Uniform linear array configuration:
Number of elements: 48
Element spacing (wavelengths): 0.75
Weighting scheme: hamming
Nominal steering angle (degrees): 0
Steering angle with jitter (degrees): -1.904
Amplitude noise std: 0.05
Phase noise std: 0.05

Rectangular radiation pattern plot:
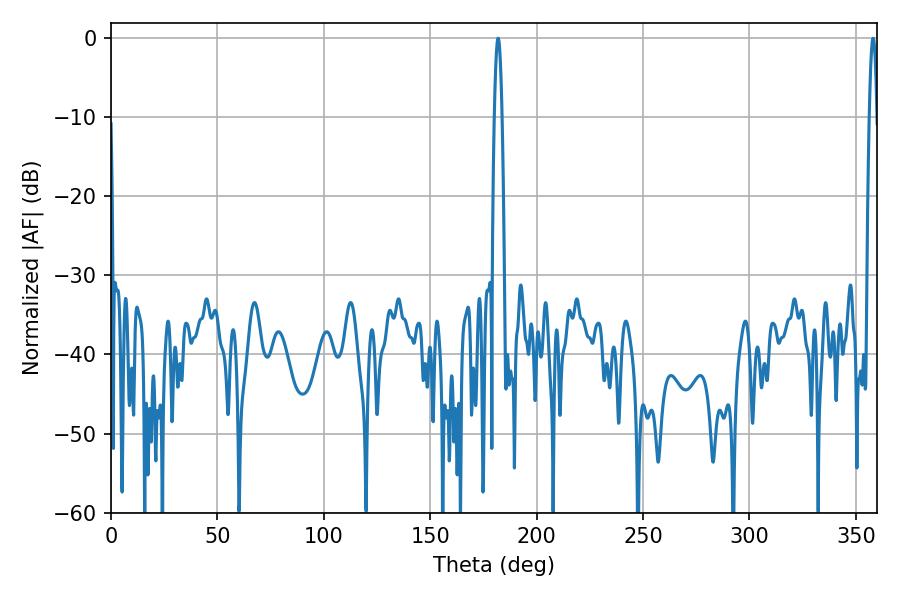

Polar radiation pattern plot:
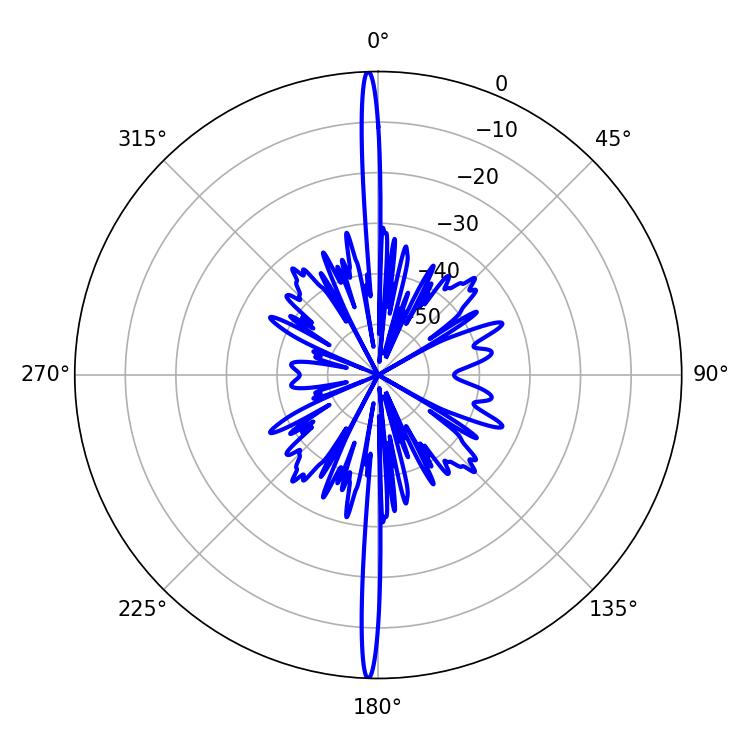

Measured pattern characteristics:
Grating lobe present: TRUE
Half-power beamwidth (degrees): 1.98
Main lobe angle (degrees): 181.98